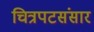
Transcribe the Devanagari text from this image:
चित्रपटसंसार